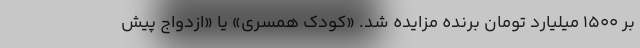
بر ۱۵۰۰ میلیارد تومان برنده مزایده شد. «کودک همسری» یا «ازدواج پیش